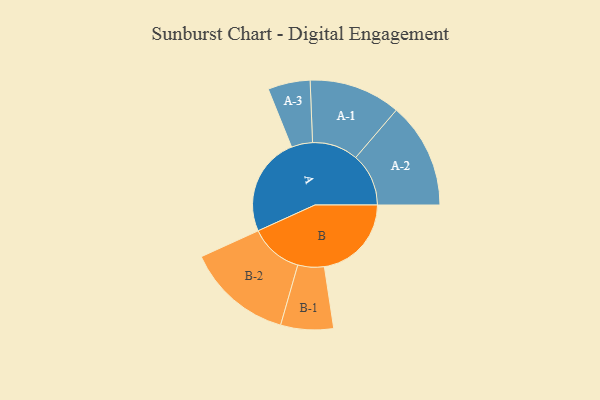
{"axis": {"x": "Segment", "y": "Value"}, "legend": ["", "A", "B"], "data": [{"x": "A", "y": 492, "type": ""}, {"x": "B", "y": 433, "type": ""}, {"x": "A-1", "y": 228, "type": "A"}, {"x": "A-2", "y": 263, "type": "A"}, {"x": "A-3", "y": 105, "type": "A"}, {"x": "B-1", "y": 131, "type": "B"}, {"x": "B-2", "y": 264, "type": "B"}]}